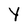
Character: Y